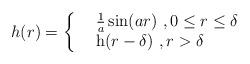
LaTeX: \begin{align*}h(r)= \left\{\begin{array}{rl}&\frac{1}{a}\sin(ar) \ , 0\leq r\leq \delta \\&\mathrm{h}(r- \delta) \ , r> \delta\end{array} \right.\end{align*}